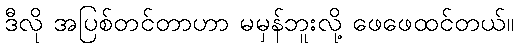
ဒီလို အပြစ်တင်တာဟာ မမှန်ဘူးလို့ ဖေဖေထင်တယ်။